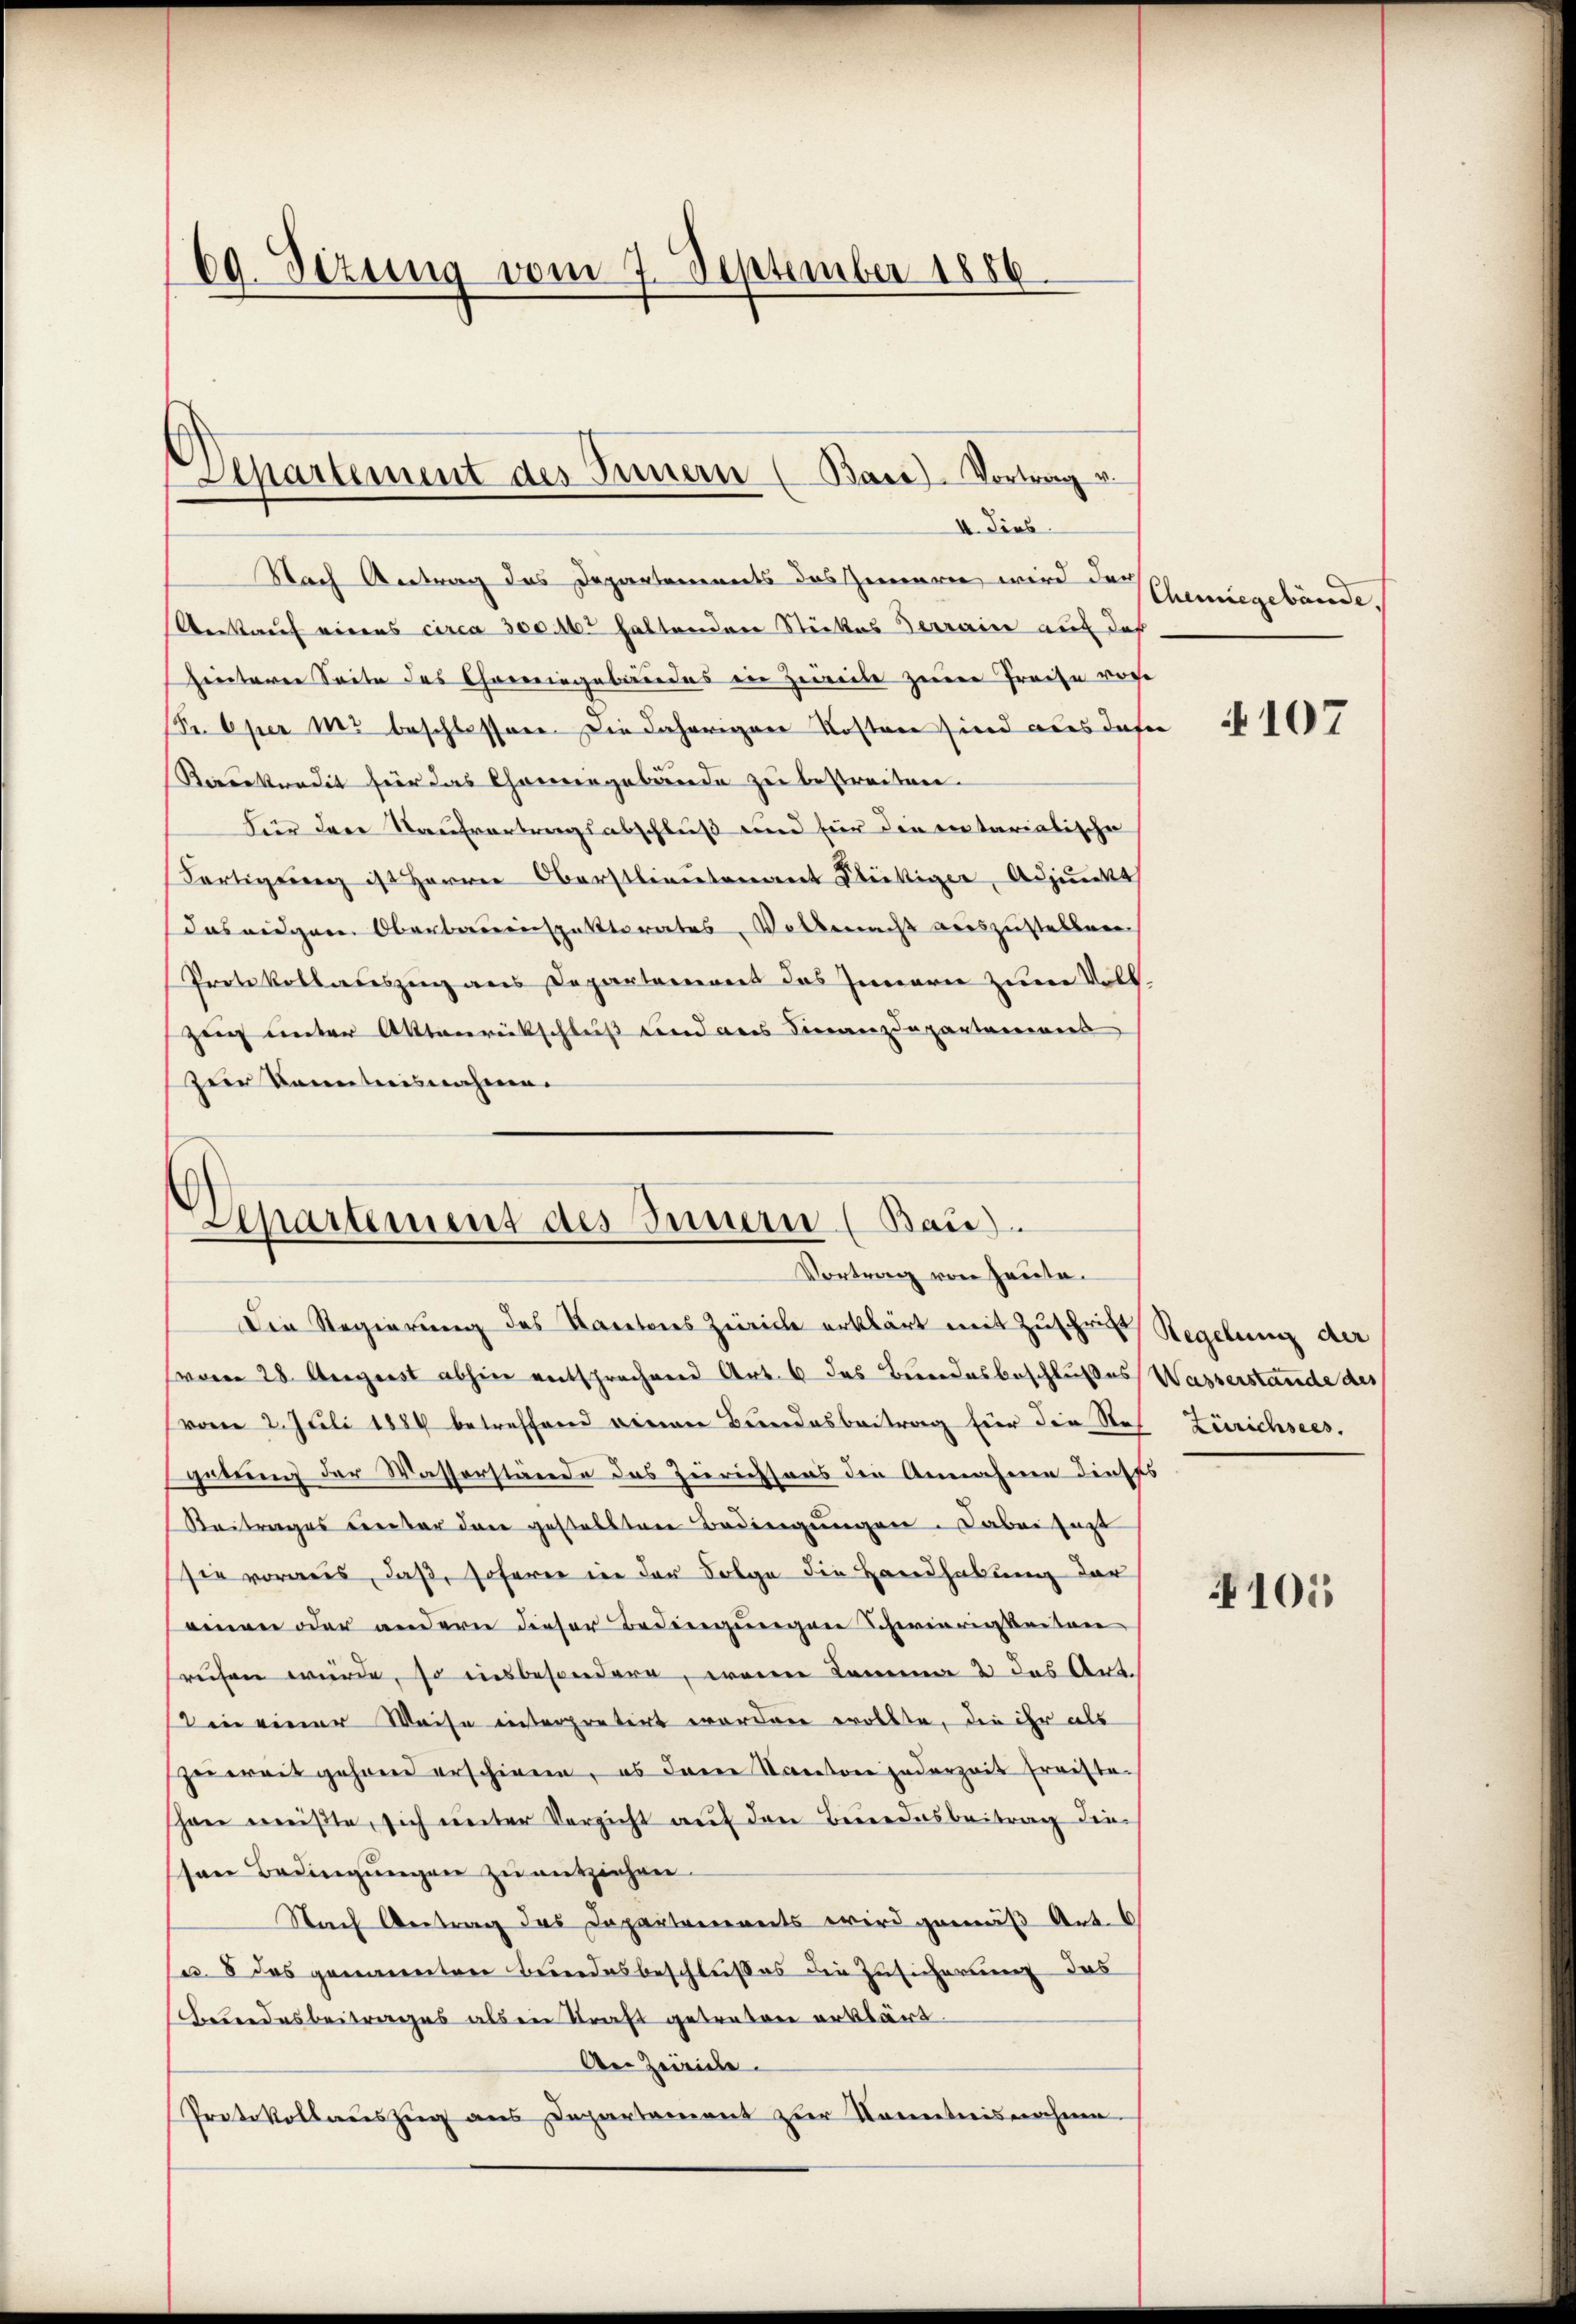
69. Sizung vom 7. September 1886.

Separtement des Innern (Bace-Vortrag u.
II. Dies

Nach Antrag des Departements des Zimmeren wird der
Verkauf virens circa 300. 16. haltenden Stückes Terraine auf daß
heiterer Seite des Chemingebäudes in Zeile zur Preise vore
r. Oper mo beschlossenen die daherigene Kosten sind aus dafür
Reeekredit für das Chanengebäude zu bestreiten.
für der Kaufvertragsabschluß und für die entariatische
Fertigung ist Herren Oberstlieutet Stöckiger, Adjunkt
das eidgarn Oberbauenspattterates Volkenacht auszustellen.
Protokollateszenz aus Departarierent das Innern zum Vollzeug unter Aktenrückschluß und des Vieranzdepartareins
zur Kenntnisnahme.

Leparament des Innern (Bau).
Vortrag von Heute.

Die Regierung des Kantons Zürich erklärt mit Zuschrift Regelung der
(vom 28. August abhin entsprechend Art. 6 das Bundesbeschlußes Wasserstände des
vom 2. Juli 1884 betreffend verner Bundesbeitrag für die Stof Zürichsees.
gerung der Wasserstände des Zurichsous die Annahme dieses
Reitrages einter den gestellten Bedingungen. Dabei jezt
sie vorweis, daß, soferne in der Folge die Handhabung der
einen oder andern dieser Bedingungen Schwierigkeiten
ruhen wurde, so insbesondere, wenne Damma 2 das Art.
Din einer Weise interpretirt worden erollte, die ihr als
zerweit gehend erschiene, es dann Kantone jederzeit fraistehen müßte, sich unter Verzicht auf den Beredesbeitrag die
sen Bedingungen zu entziehen.
Nach Antrag das Departenereits wird gemäß Art. 6
u. 8 des genannten Bundesbeschlußes die Zusicherung das
Bundesbeitrages als in Straft getreten erklärt.
An Zeirice
Protokollauszug aus Departement zur Kenntnisnahme

Chemiegebäude.

4107

105